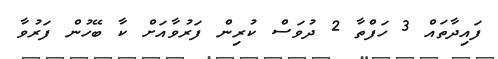
ފައިދާތައް 3 ހަފްތާ 2 ދުވަސް ކުރިން ފަރުވާއަށް ކާ ބޭހުން ފަރުވާ